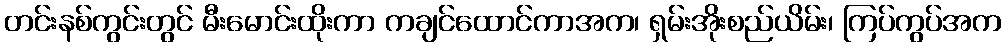
တင်းနစ်ကွင်းတွင် မီးမောင်းထိုးကာ ကချင်ထောင်ကာအက၊ ရှမ်းအိုးစည်ယိမ်း၊ ကြပ်ကွပ်အက